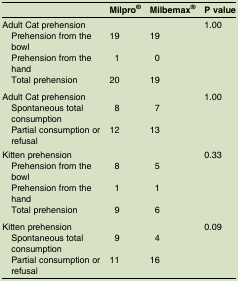
|  | Milpro® | Milbemax® | P value |
 | --- | --- | --- | --- |
 | <COLSPAN=3> Adult Cat prehension | 1.00 |
 | Prehension from the bowl | 19 | 19 |  |
 | Prehension from the hand | 1 | 0 |  |
 | Total prehension | 20 | 19 |  |
 | <COLSPAN=3> Adult Cat prehension | 1.00 |
 | Spontaneous total consumption | 8 | 7 |  |
 | Partial consumption or refusal | 12 | 13 |  |
 | <COLSPAN=3> Kitten prehension | 0.33 |
 | Prehension from the bowl | 8 | 5 |  |
 | Prehension from the hand | 1 | 1 |  |
 | Total prehension | 9 | 6 |  |
 | <COLSPAN=3> Kitten prehension | 0.09 |
 | Spontaneous total consumption | 9 | 4 |  |
 | Partial consumption or refusal | 11 | 16 |  |